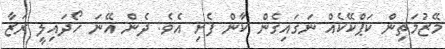
މޭޒުމަތިން ކަޕްކޭކެއް ނަގައިގެން ކާން ފެށި އެވެ. ދެން އޭނަ ހޯދައިލީ ރަޒާ